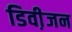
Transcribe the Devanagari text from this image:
डिवी़जन